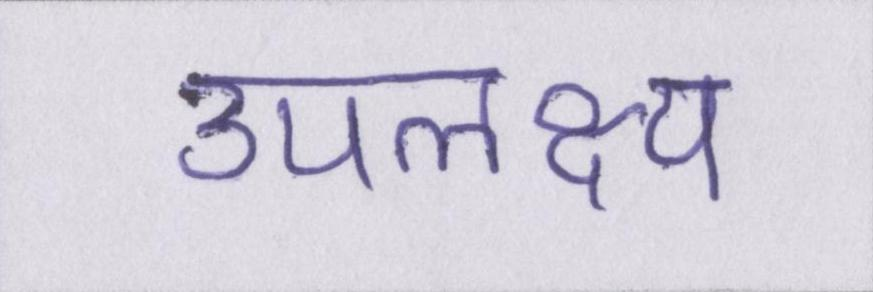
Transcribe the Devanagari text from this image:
उपलक्ष्य